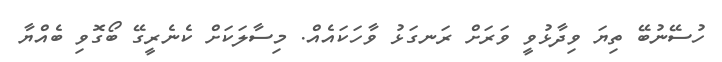
ހުސޭނުބޭ ތިޔަ ވިދާޅުވީ ވަރަށް ރަނގަޅު ވާހަކައެއް. މިސާލަކަށް ކެނެރީގޭ ބޯގޮވި ބެއްޔާ